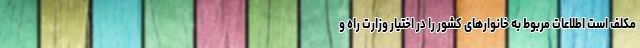
مکلف است اطلاعات مربوط به خانوارهای کشور را در اختیار وزارت راه و